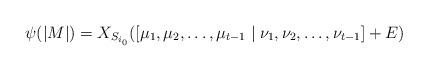
LaTeX: \begin{align*} \psi(|M|)= X_{S_{i_0}}([\mu_1,\mu_2,\dots,\mu_{t-1} \mid \nu_1,\nu_2,\dots,\nu_{t-1}]+E) \end{align*}